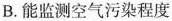
B.能监测空气污染程度